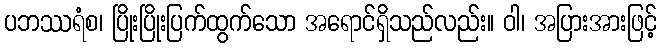
ပဘဿရံစ၊ ပြိုးပြိုးပြက်ထွက်သော အရောင်ရှိသည်လည်း။ ဝါ၊ အပြားအားဖြင့်